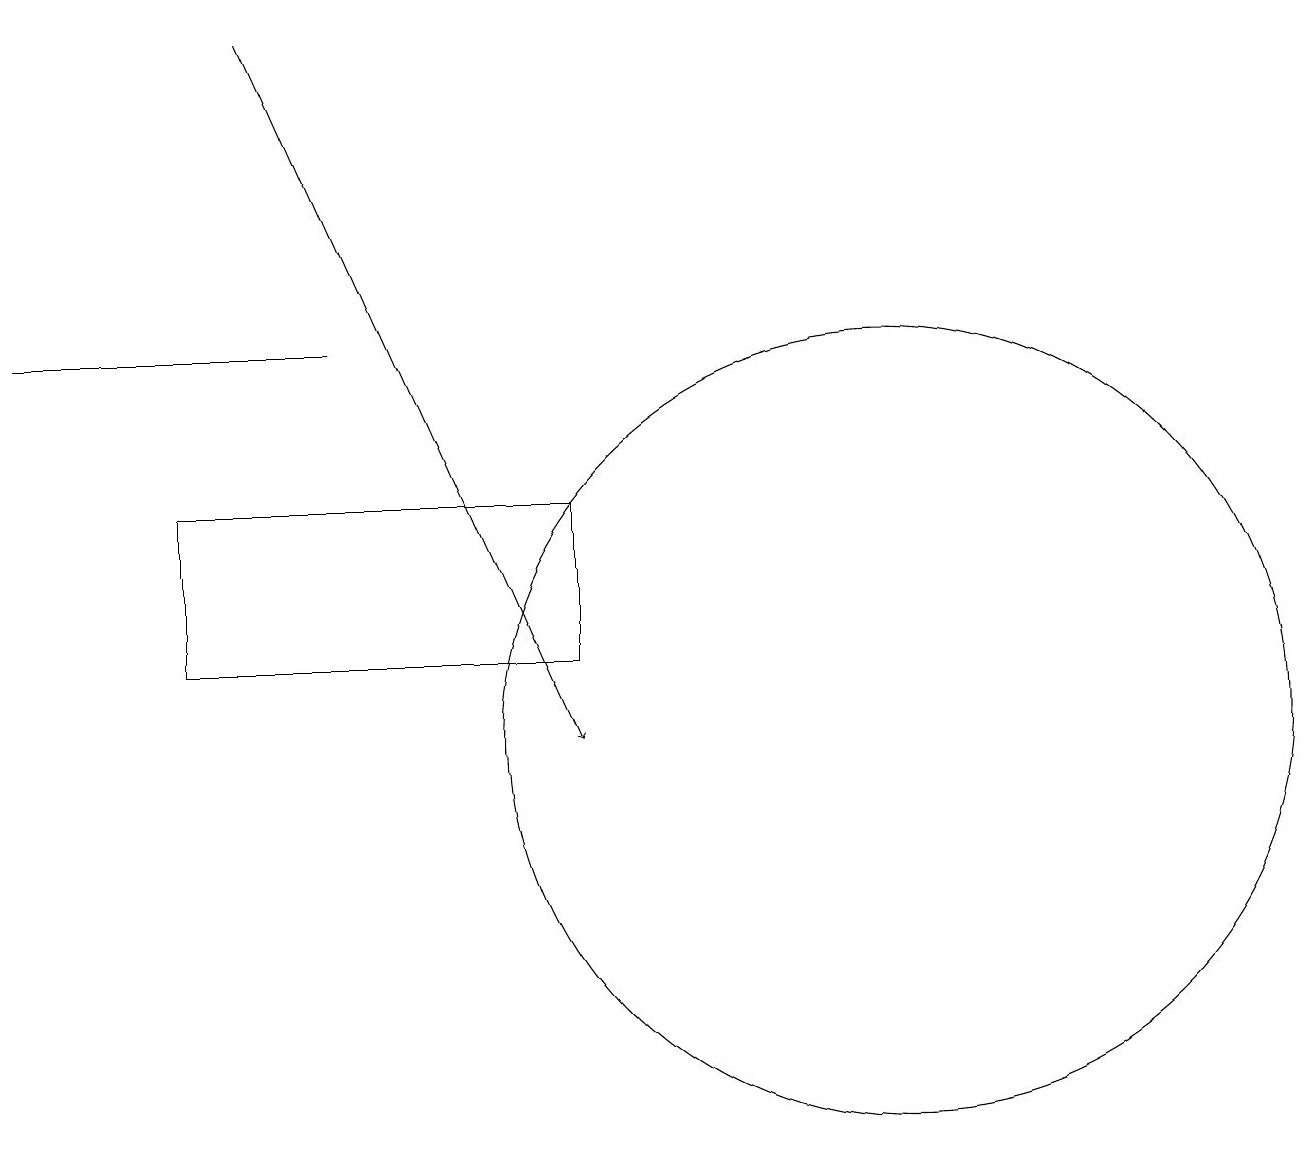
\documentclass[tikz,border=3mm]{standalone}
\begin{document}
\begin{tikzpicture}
\draw[->] (3,19) -- (7,10);
\draw (2,11) rectangle (7,13);
\draw (4,15) rectangle (0,15);
\draw (11,10) circle (5);
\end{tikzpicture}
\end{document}